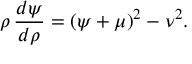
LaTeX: \rho \, \frac { d \psi } { d \rho } = ( \psi + \mu ) ^ { 2 } - \nu ^ { 2 } .